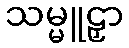
သမ္မူဠှာ